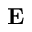
\mathbf { E }